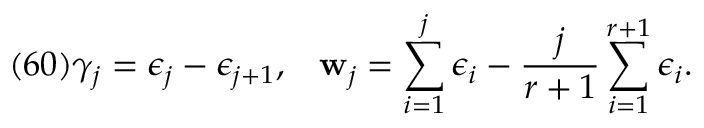
( 6 0 ) \gamma _ { j } = \epsilon _ { j } - \epsilon _ { j + 1 } , \; \; \; { \bf w } _ { j } = \sum _ { i = 1 } ^ { j } \epsilon _ { i } - \frac { j } { r + 1 } \sum _ { i = 1 } ^ { r + 1 } \epsilon _ { i } .